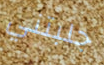
جلبتني